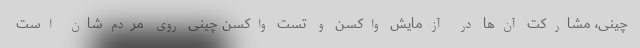
چینی، مشارکت آن‌ها در آزمایش واکسن و تست واکسن چینی روی مردم‌شان است